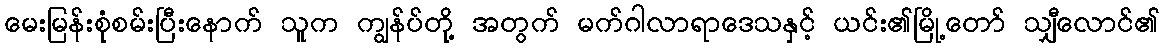
မေးမြန်းစုံစမ်းပြီးနောက် သူက ကျွန်ပ်တို့ အတွက် မက်ဂါလာရာဒေသနှင့် ယင်း၏မြို့တော် သျှီလောင်၏